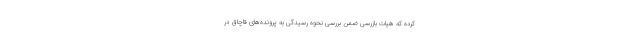
کرده که هیات بازرسی ضمن بررسی نحوه رسیدگی به پرونده‌های قاچاق در